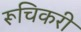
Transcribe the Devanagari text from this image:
रूचिकरी